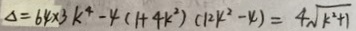
\Delta = 6 4 \times 3 k ^ { 4 } - 4 ( 1 + 4 k ^ { 2 } ) ( 1 2 k ^ { 2 } - 4 ) = 4 \sqrt { k ^ { 2 } + 1 }